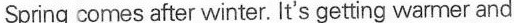
Sping comes after winter.It's gettingwamer and